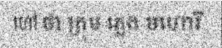
ហៅ ថា ក្រុម ភ្លេង មហោរី